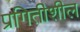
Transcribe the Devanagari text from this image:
प्रगितीशील